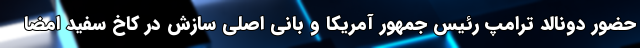
حضور دونالد ترامپ رئیس جمهور آمریکا و بانی اصلی سازش در کاخ سفید امضا